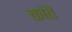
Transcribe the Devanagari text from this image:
कांते